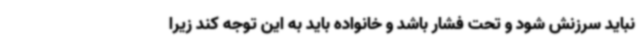
نباید سرزنش شود و تحت فشار باشد و خانواده باید به این توجه کند زیرا